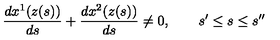
\frac { d x ^ { 1 } ( z ( s ) ) } { d s } + \frac { d x ^ { 2 } ( z ( s ) ) } { d s } \neq 0 , \quad \quad s ^ { \prime } \leq s \leq s ^ { \prime \prime }